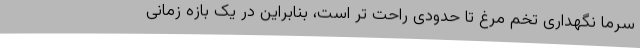
سرما نگهداری تخم مرغ تا حدودی راحت تر است، بنابراین در یک بازه زمانی